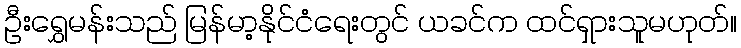
ဦးရွှေမန်းသည် မြန်မာ့နိုင်ငံရေးတွင် ယခင်က ထင်ရှားသူမဟုတ်။